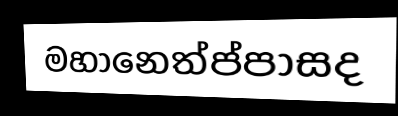
මහානෙත්ප්පාසද